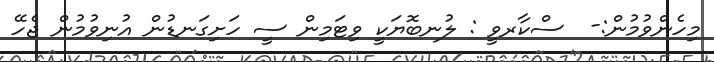
މިހެންވުމުން:-  ސްކާރވީ : ލުނބޮޔަކީ ވިޓަމިން ސީ ހަށިގަނޑުން އުނިވުމުން ޖެހޭ